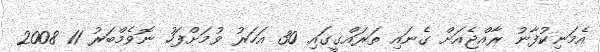
އެމަނިކުފާނު ރާއްޖެއަށް ގެނައި ތަރައްގީގައި 30 އަހަރު ވުމަށްފަހު ނޮވެމްބަރު 11 2008